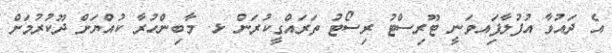
އެ ދައުވާ އުފުލާފަިއވަނީ ޓޫރިސްޓު ރިސޯޓު ތަރައްގީކުރަން ޅ. މާބިންހުރާ ކުއްޔަށް ދޫކުރުމަށް